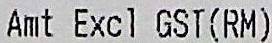
AMT EXCL GST (RM)